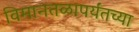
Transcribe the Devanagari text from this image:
विमानतळापर्यंतच्या